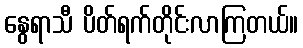
နွေရာသီ ပိတ်ရက်တိုင်းလာကြတယ်။